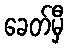
ခေတ်မှီ